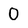
Character: O